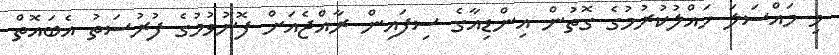
މި މައްސަލަ ހައްލުކުރުމުގެ ގޮތުން އިންޑިއާގެ ސިފައިން ރާއްޖެއަށް ފޮނުވުމުގެ ފުރުސަތު އެބައޮތް